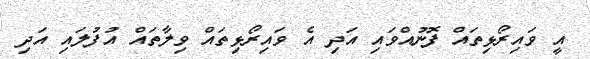
އީ ވައިރޯޅިތައް ފޮނުއްވައި އަދި އެ ވައިރޯޅިތައް ވިލާތައް އުފުލައި އަދި